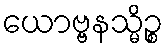
ယောဗ္ဗနသ္မိဉ္စ